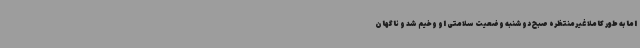
اما به طور کاملا غیرمنتظره صبح دوشنبه وضعیت سلامتی او وخیم شد و ناگهان